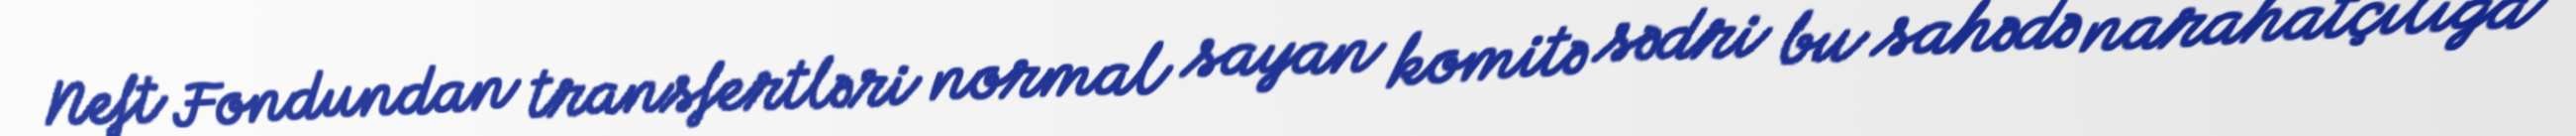
Neft Fondundan transfertləri normal sayan komitə sədri bu sahədə narahatçılığa